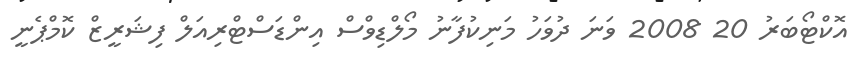
އޮކްޓޯބަރު 20 2008 ވަނަ ދުވަހު މަނިކުފާނު މޯލްޑިވްސް އިންޑަސްޓްރިއަލް ފިޝަރީޒް ކޮމްޕެނީ